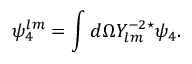
\psi _ { 4 } ^ { l m } = \int d \Omega Y _ { l m } ^ { - 2 \star } \psi _ { 4 } .